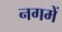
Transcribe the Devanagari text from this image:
नगमें